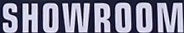
SHOWROOM